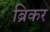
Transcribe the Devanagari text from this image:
ब्रिकर